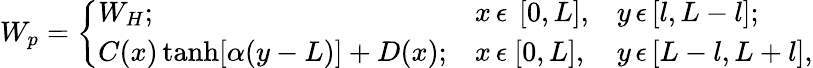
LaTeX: W_{p}=\left\{ \begin{array}{lll}{{W_{H};}}&{{x\, \epsilon\ \, [0,L],}}&{{y\, \epsilon\, [l,L-l];}}\\ {{C(x)\operatorname{tanh}[\alpha(y-L)]+D(x);}}&{{x\, \epsilon\ [0,L],}}&{{y\, \epsilon\, [L-l,L+l],}}\end{array}\right.